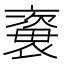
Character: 𧜍